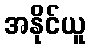
အနိုင်ယူ